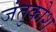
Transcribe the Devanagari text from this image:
जंतुकोश